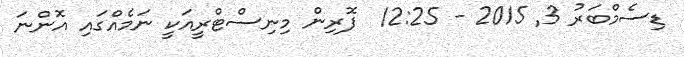
ޑިސެމްބަރު 3